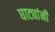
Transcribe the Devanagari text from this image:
घाट्यांनी